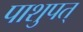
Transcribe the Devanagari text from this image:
पाशुपत्